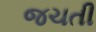
જચતી